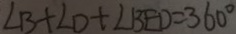
\angle B + \angle D + \angle B E D = 3 6 0 ^ { \circ }